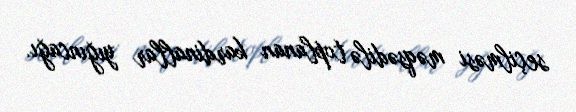
seçilməsi məqsədilə toplanan kardinallar yığıncağı.